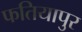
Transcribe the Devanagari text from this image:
फतियापुर